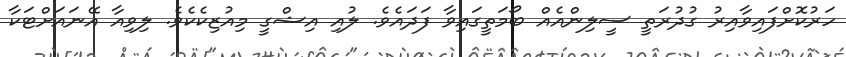
ހަރުކޮށްފައިވާއިރު ގުދުރަތީ ސީލިންއެއް ބޯމަތީގައިވާ ފަދައެވެ. ލުއި އިޝްގީ މިއުޒިކެކެވެ. ލިވިއާ އޭނައަށްޓަކާ